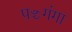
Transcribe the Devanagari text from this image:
पञ्चगंगा